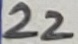
Text: 22